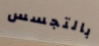
بالتجسس